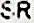
SR